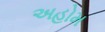
અહોમ